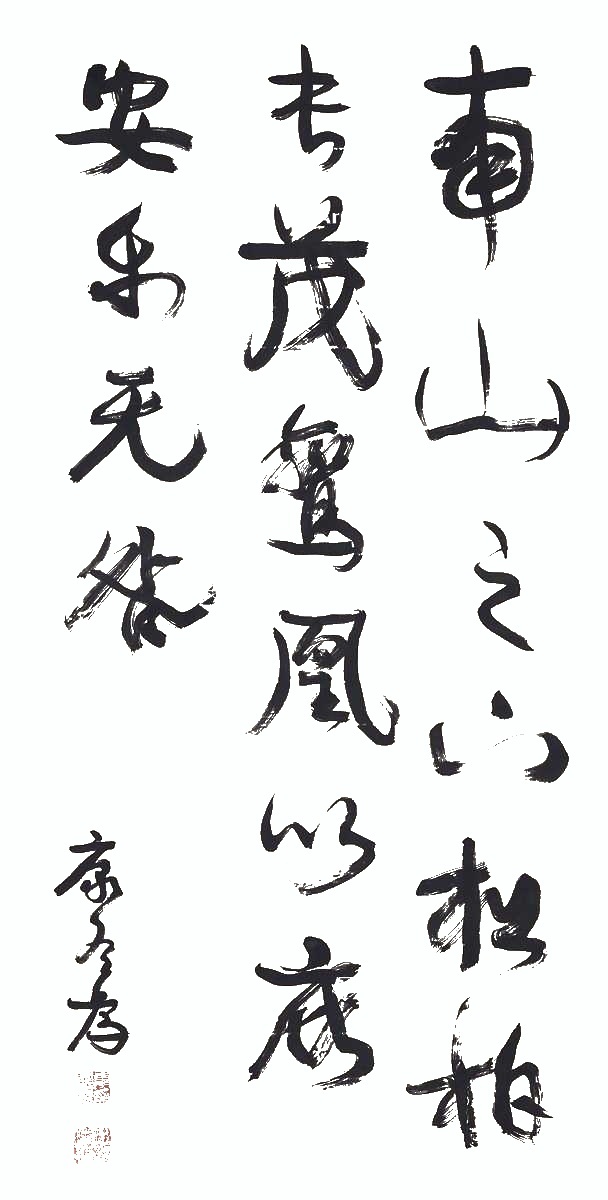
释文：南山之下，松柏长茂。鸾凤以庇，安乐无咎。康有为。